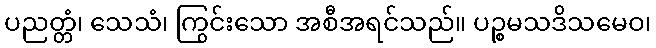
ပညတ္တံ၊ သေသံ၊ ကြွင်းသော အစီအရင်သည်။ ပဉ္စမသဒိသမေဝ၊